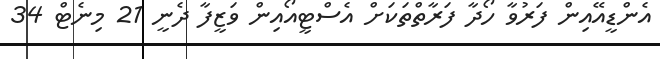
އެންޑީއޭއިން ފަރުވާ ހޯދާ ފަރާތްތަކަށް އެސްޓީއޯއިން ވަޒީފާ ދެނީ 21 މިނެޓް 34